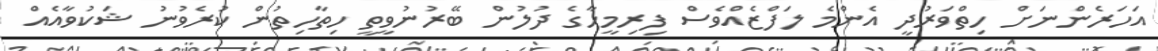
އަހަރެންނަށް ހިތްވަރުދީ އެންމެ ލަފްޒެއްވެސް ފިރިމީހާގެ ދުލުން ބޭރުނުވީތީ ހިތާހިތުން ކުރެވުނު ޝަކުވާއެއް